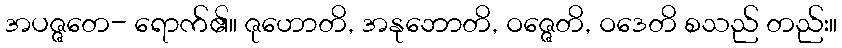
အပဇ္ဇတေ- ရောက်၏။ ဇုဟောတိ, အနုဘောတိ, ဝဇ္ဇေတိ, ဝဒေတိ စသည် တည်း။